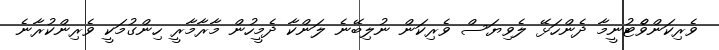
ވެރިކަންވެްޓުނީމާ ދެންހަޅޭ ލެވިޔަސް ވެރިކަން ނުލިބޭނެ ލަންކާ ދެމީހުން މާރާމާރީ ހިންގުމަކީ ވެރިންކުރާނެ